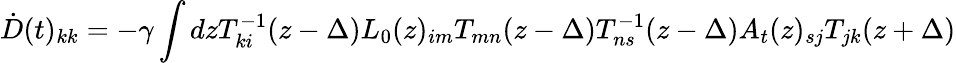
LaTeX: \dot{D}(t)_{kk}=-\gamma\int dzT_{ki}^{-1}(z-\Delta)L_{0}(z)_{im}T_{mn}(z-\Delta)T_{ns}^{-1}(z-\Delta)A_{t}(z)_{sj}T_{jk}(z+\Delta)